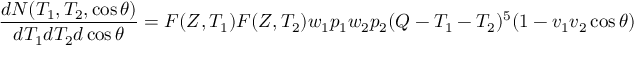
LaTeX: { \frac { d N ( T _ { 1 } , T _ { 2 } , \cos \theta ) } { d T _ { 1 } d T _ { 2 } d \cos \theta } } = F ( Z , T _ { 1 } ) F ( Z , T _ { 2 } ) w _ { 1 } p _ { 1 } w _ { 2 } p _ { 2 } ( Q - T _ { 1 } - T _ { 2 } ) ^ { 5 } ( 1 - v _ { 1 } v _ { 2 } \cos \theta )